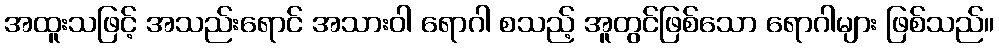
အထူးသဖြင့် အသည်းရောင် အသားဝါ ရောဂါ စသည့် အူတွင်ဖြစ်သော ရောဂါများ ဖြစ်သည်။